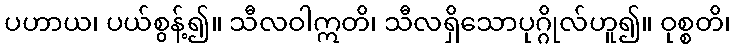
ပဟာယ၊ ပယ်စွန့်၍။ သီလဝါဣတိ၊ သီလရှိသောပုဂ္ဂိုလ်ဟူ၍။ ဝုစ္စတိ၊